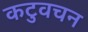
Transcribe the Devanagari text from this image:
कटुवचन